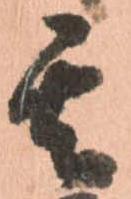
其